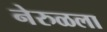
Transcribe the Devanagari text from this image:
नेरुळला